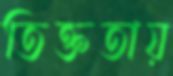
তিক্ততায়